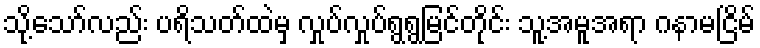
သို့သော်လည်း ပရိသတ်ထဲမှ လှုပ်လှုပ်ရွရွမြင်တိုင်း သူ့အမူအရာ ဂနာမငြိမ်